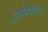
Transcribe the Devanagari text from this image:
ट्रापिकल्स